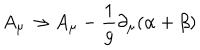
A _ { \mu } \to A _ { \mu } - \frac { 1 } { g } \partial _ { \mu } ( \alpha + \beta )